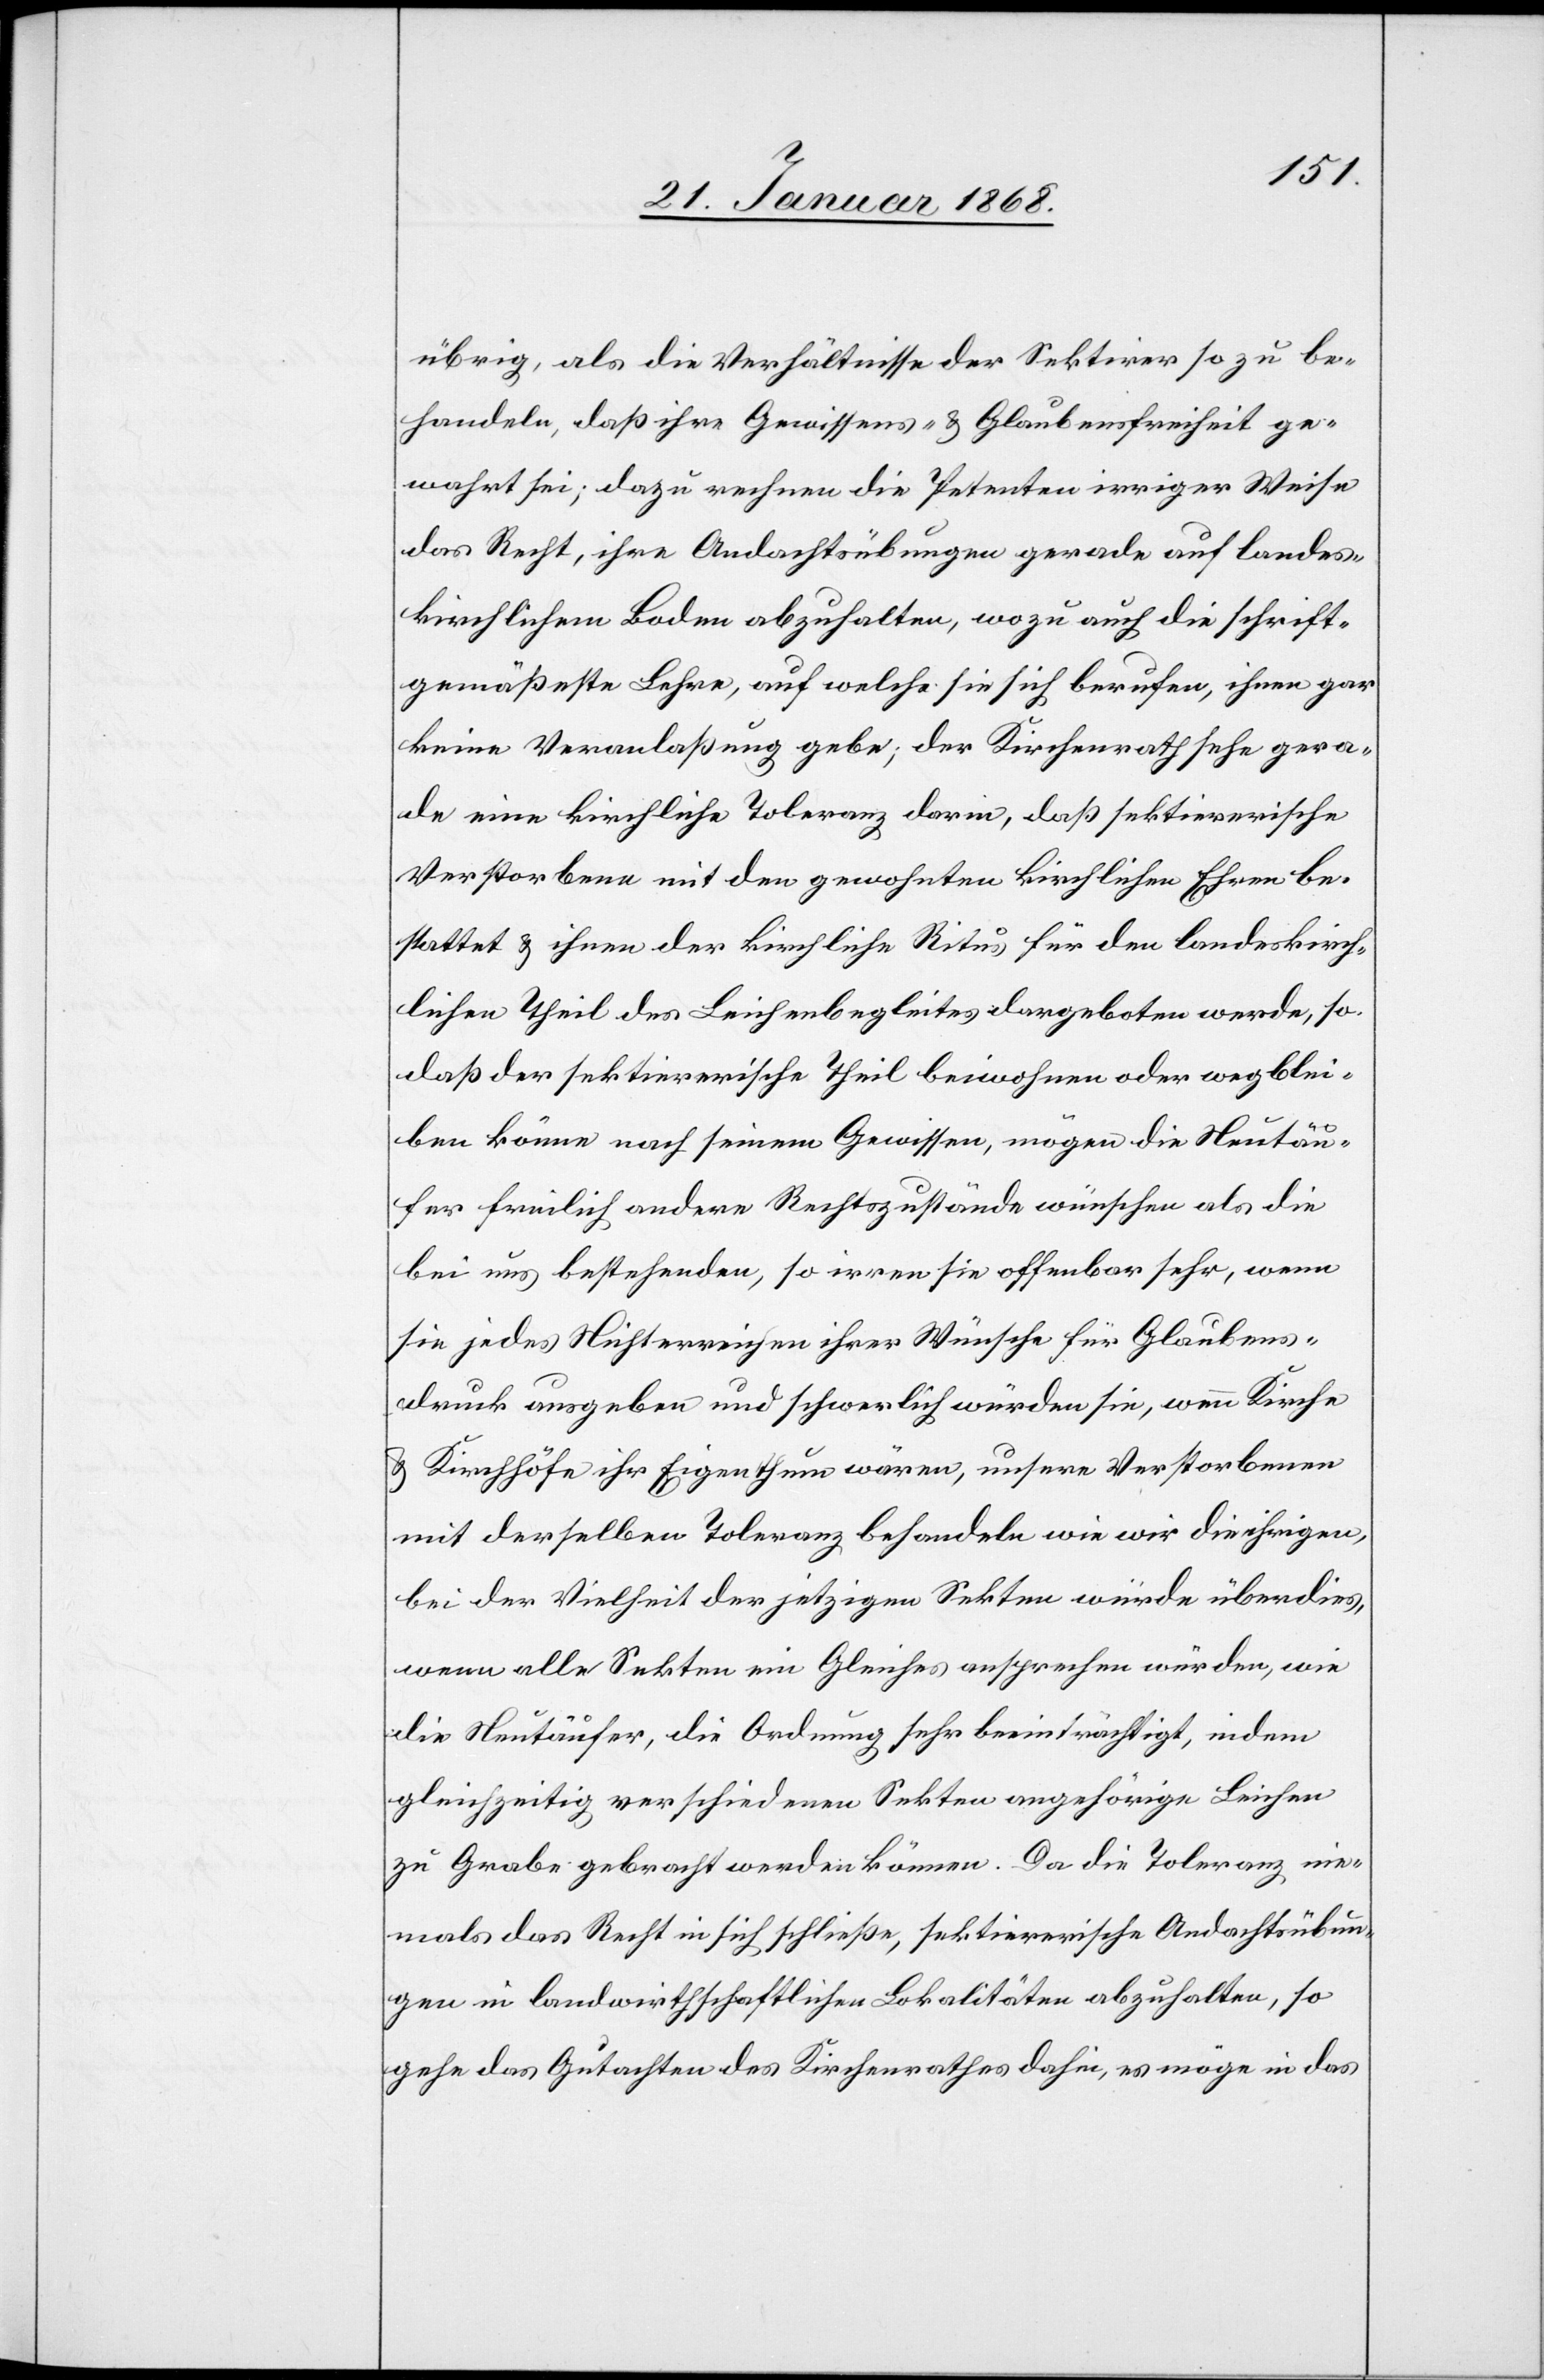
übrig, als die Verhältnisse der Sektirer so zu be¬
handeln, daß ihre Gewissens- & Glaubensfreiheit ge¬
wahrt sei; dazu rechnen die Petenten irriger Weise
das Recht, ihre Andachtsübungen gerade auf landes¬
kirchlichem Boden abzuhalten, wozu auch die schrift¬
gemäßeste Lehre, auf welche sie sich berufen, ihnen gar
keine Veranlaßung gebe; der Kirchenrath sehe gera¬
de eine kirchliche Toleranz darin, daß sektiererische
Verstorbene mit den gewohnten kirchlichen Ehren be¬
stattet & ihnen der kirchliche Ritus für den landeskirch¬
lichen Theil des Leichenbegleites dargeboten werde, so
daß der sektiererische Theil beiwohnen oder wegblei¬
ben könne nach seinem Gewissen, mögen die Neutäu¬
fer freilich andere Rechtszustände wünschen als die
bei uns bestehenden, so irren sie offenbar sehr, wenn
sie jedes Nichterreichen ihrer Wünsche für Glaubens¬
druck ausgeben und schwerlich würden sie, wenn Kirche
& Kirchhöfe ihr Eigenthum wären, unsere Verstorbenen
mit derselben Toleranz behandeln wie wir die ihrigen,
bei der Vielheit der jetzigen Sekten würde überdies,
wenn alle Sekten ein Gleiches ansprechen würden, wie
die Neutäufer, die Ordnung sehr beeinträchtigt, indem
gleichzeitig verschiedenen Sekten angehörige Leichen
zu Grabe gebracht werden können. Da die Toleranz nie¬
mals das Recht in sich schließe, sektiererische Andachtsübun¬
gen in landwirthschaftlichen Lokalitäten abzuhalten, so
gehe das Gutachten des Kirchenrathes dahin, es möge in das